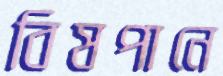
বিষপানে